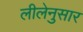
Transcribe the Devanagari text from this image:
लीलेनुसार